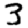
Digit: 3